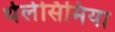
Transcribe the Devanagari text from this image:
थेलेसिमिया